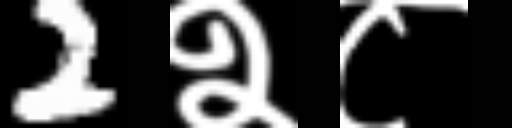
Text: 2२८